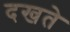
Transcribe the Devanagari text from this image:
दखते